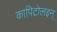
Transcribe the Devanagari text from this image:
कापिटोलइन्